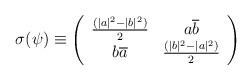
LaTeX: \begin{align*} \sigma(\psi) \equiv \left( \begin{array}{cc} \frac{(|a|^{2}-|b|^{2})}{2} & a\overline{b} \\ b\overline{a}& \frac{(|b|^{2}-|a|^{2})}{2} \end{array}\right)\end{align*}